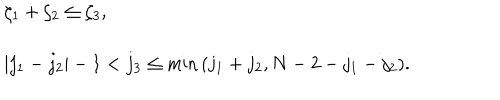
\begin{array} { l } { { \zeta _ { 1 } + \zeta _ { 2 } \le \zeta _ { 3 } , } } \\ { { { } } } \\ { { \vert j _ { 1 } - j _ { 2 } \vert - 1 < j _ { 3 } \le \mathrm { m i n } \, ( j _ { 1 } + j _ { 2 } , N - 2 - j _ { 1 } - j _ { 2 } ) . } } \\ \end{array}